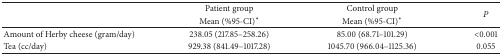
<table><thead><tr><td><b> </b></td><td><b>Patient group</b></td><td><b>Control group</b></td><td rowspan="2"><b><i>P</i></b></td></tr><tr><td><b> </b></td><td><b>Mean (%95-CI)<sup>*</sup></b></td><td><b>Mean (%95-CI)<sup>*</sup></b></td></tr></thead><tbody><tr><td>Amount of Herby cheese (gram/day)</td><td>238.05 (217.85–258.26)</td><td>85.00 (68.71–101.29)</td><td>&lt;0.001</td></tr><tr><td>Tea (cc/day)</td><td>929.38 (841.49–1017.28)</td><td>1045.70 (966.04–1125.36)</td><td>0.055</td></tr></tbody></table>